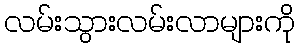
လမ်းသွားလမ်းလာများကို